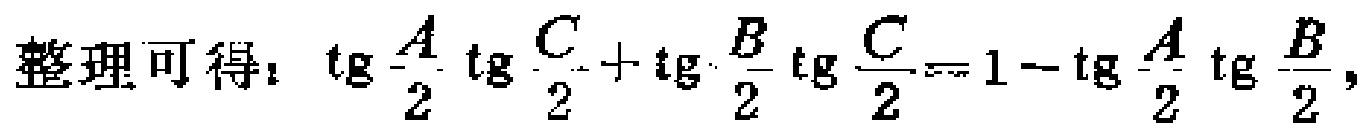
整理可得：$\text{tg}\frac{A}{2}\text{tg}\frac{C}{2}+\text{tg}\frac{B}{2}\text{tg}\frac{C}{2}=1 - \text{tg}\frac{A}{2}\text{tg}\frac{B}{2}$